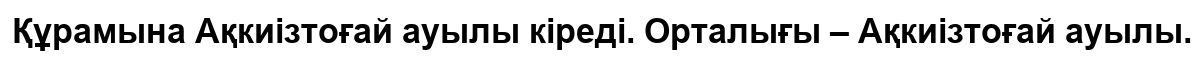
Құрамына Ақкиізтоғай ауылы кіреді. Орталығы – Ақкиізтоғай ауылы.